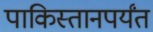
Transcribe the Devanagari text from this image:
पाकिस्तानपर्यंत